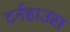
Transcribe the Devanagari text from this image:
टर्नहाउस